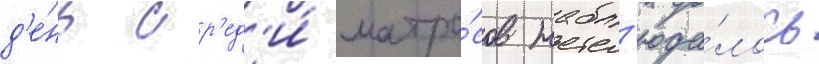
д'е́нь ср'ед'и́ матро́сов набл'юда́лось